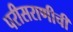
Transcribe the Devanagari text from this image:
परीसराणीची